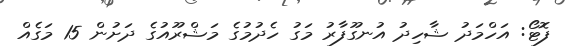
ފޮޓޯ: އަހްމަދު ޝާހިދު އުނގޫފާރު މަގު ހެދުމުގެ މަޝްރޫއުގެ ދަށުން 15 މަގެއް